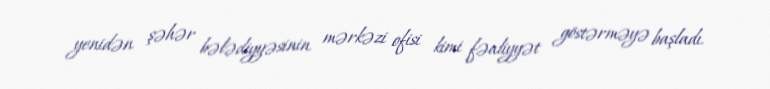
yenidən şəhər bələdiyyəsinin mərkəzi ofisi kimi fəaliyyət göstərməyə başladı.